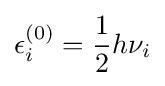
\epsilon _{i}^{(0)}={\frac {1}{2}}h\nu _{i}